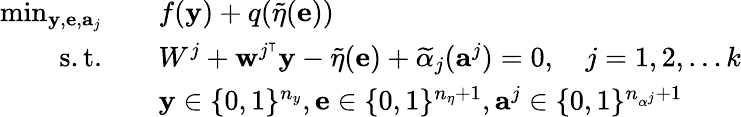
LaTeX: \begin{array}{rl}{\operatorname*{min}_{\mathbf{y},\mathbf{e},\mathbf{a}_{j}}}&{\quad f(\mathbf{y})+q(\widetilde{\eta}(\mathbf{e}))}\\ {\mathrm{s.t.}}&{\quad W^{j}+\mathbf{w}^{j^{\intercal}}\mathbf{y}-\widetilde{\eta}(\mathbf{e})+\widetilde{\alpha}_{j}(\mathbf{a}^{j})=0,\quad j=1,2,\dots k}\\ &{\quad\mathbf{y}\in\{ 0,1\} ^{n_{y}},\mathbf{e}\in\{ 0,1\} ^{n_{\eta}+1},\mathbf{a}^{j}\in\{ 0,1\} ^{n_{\alpha^{j}}+1}}\end{array}